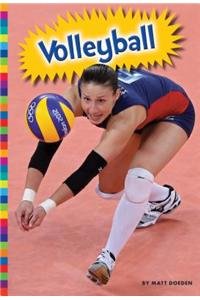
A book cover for Volleyball (Summer Olympic Sports); Matt Doeden; Sports & Outdoors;